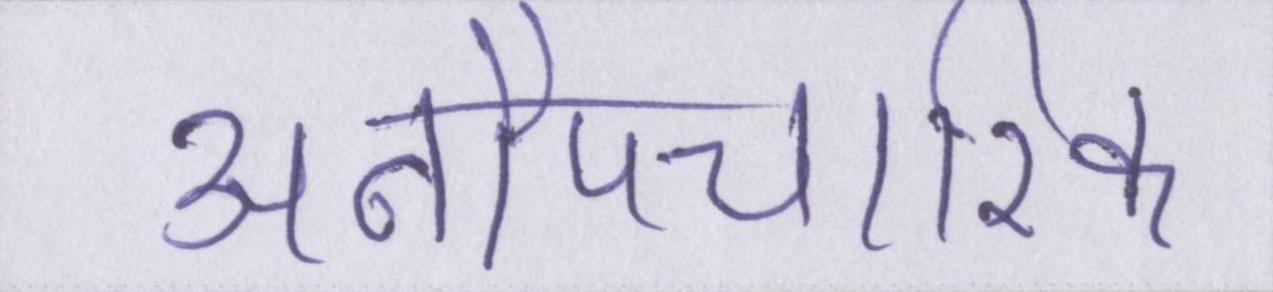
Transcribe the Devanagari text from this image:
अनौपचारिक